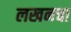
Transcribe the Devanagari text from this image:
लखनचा